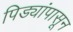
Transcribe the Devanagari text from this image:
पिड्यांपासून